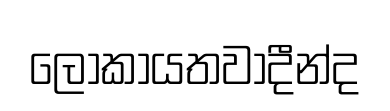
ලෝකායතවාදීන්ද